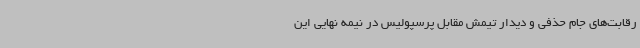
رقابت‌های جام حذفی و دیدار تیمش مقابل پرسپولیس در نیمه نهایی این